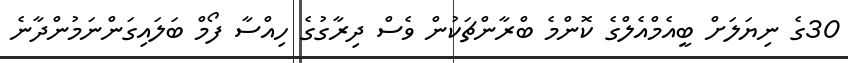
30ގެ ނިޔަލަށް ބީއެމްއެލްގެ ކޮންމެ ބްރާންޗަކުން ވެސް ދިރާގުގެ ހިއްސާ ފޯމް ބަލައިގަންނަމުންދާނެ